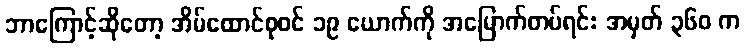
ဘာကြောင့်ဆိုတော့ အိမ်ထောင်စုဝင် ၁၉ ယောက်ကို အမြောက်တပ်ရင်း အမှတ် ၃၆၀ က